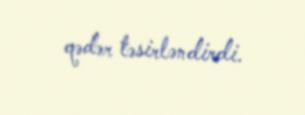
qədər təsirləndirdi.